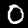
Digit: 0